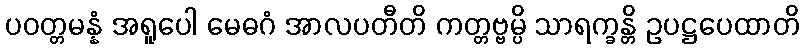
ပဝတ္တမန္နံ အရူပေါ မေဓဂံ အာလပတီတိ ကတ္တဗ္ဗမ္ပိ သာရက္ခန္တိ ဥပဋ္ဌပေထာတိ